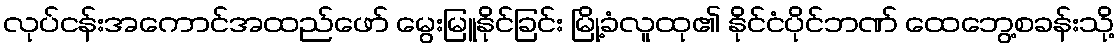
လုပ်ငန်းအကောင်အထည်ဖော် မွေးမြူနိုင်ခြင်း မြို့ခံလူထု၏ နိုင်ငံပိုင်ဘဏ် ထေဘွေ့စခန်းသို့